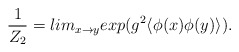
\begin{align*}\frac{1}{Z_2}=lim_{x \rightarrow y}exp(g^2 \langle \phi (x) \phi(y)\rangle). \end{align*}